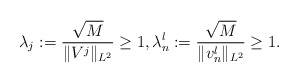
\begin{align*}\lambda_j := \frac{\sqrt{M}}{\|V^j\|_{L^2}} \geq 1, \lambda_n^l:= \frac{\sqrt{M}}{\|v^l_n\|_{L^2}} \geq 1.\end{align*}